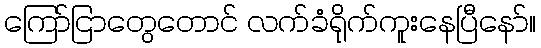
ကြော်ငြာတွေတောင် လက်ခံရိုက်ကူးနေပြီနော်။